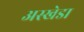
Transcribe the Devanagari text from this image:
अस्खेडा